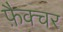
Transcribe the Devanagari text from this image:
फ़ैक्चर